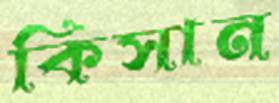
কিসান